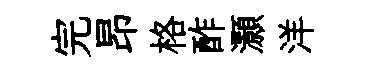
完昂格酢灝洋